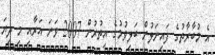
އެ މުބާރާތުގެ ފައިނަލުން ބަލިވުމުގެ އިތުރުން 2007 ވަނަ އަރާއި މި ދިޔަ